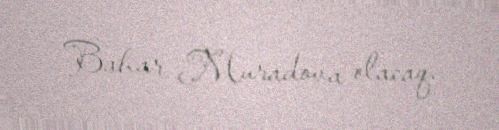
Bahar Muradova olacaq.